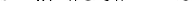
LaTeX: \smash{tD_{p}/\left\| \vec{U}_{s}\right\| =40}